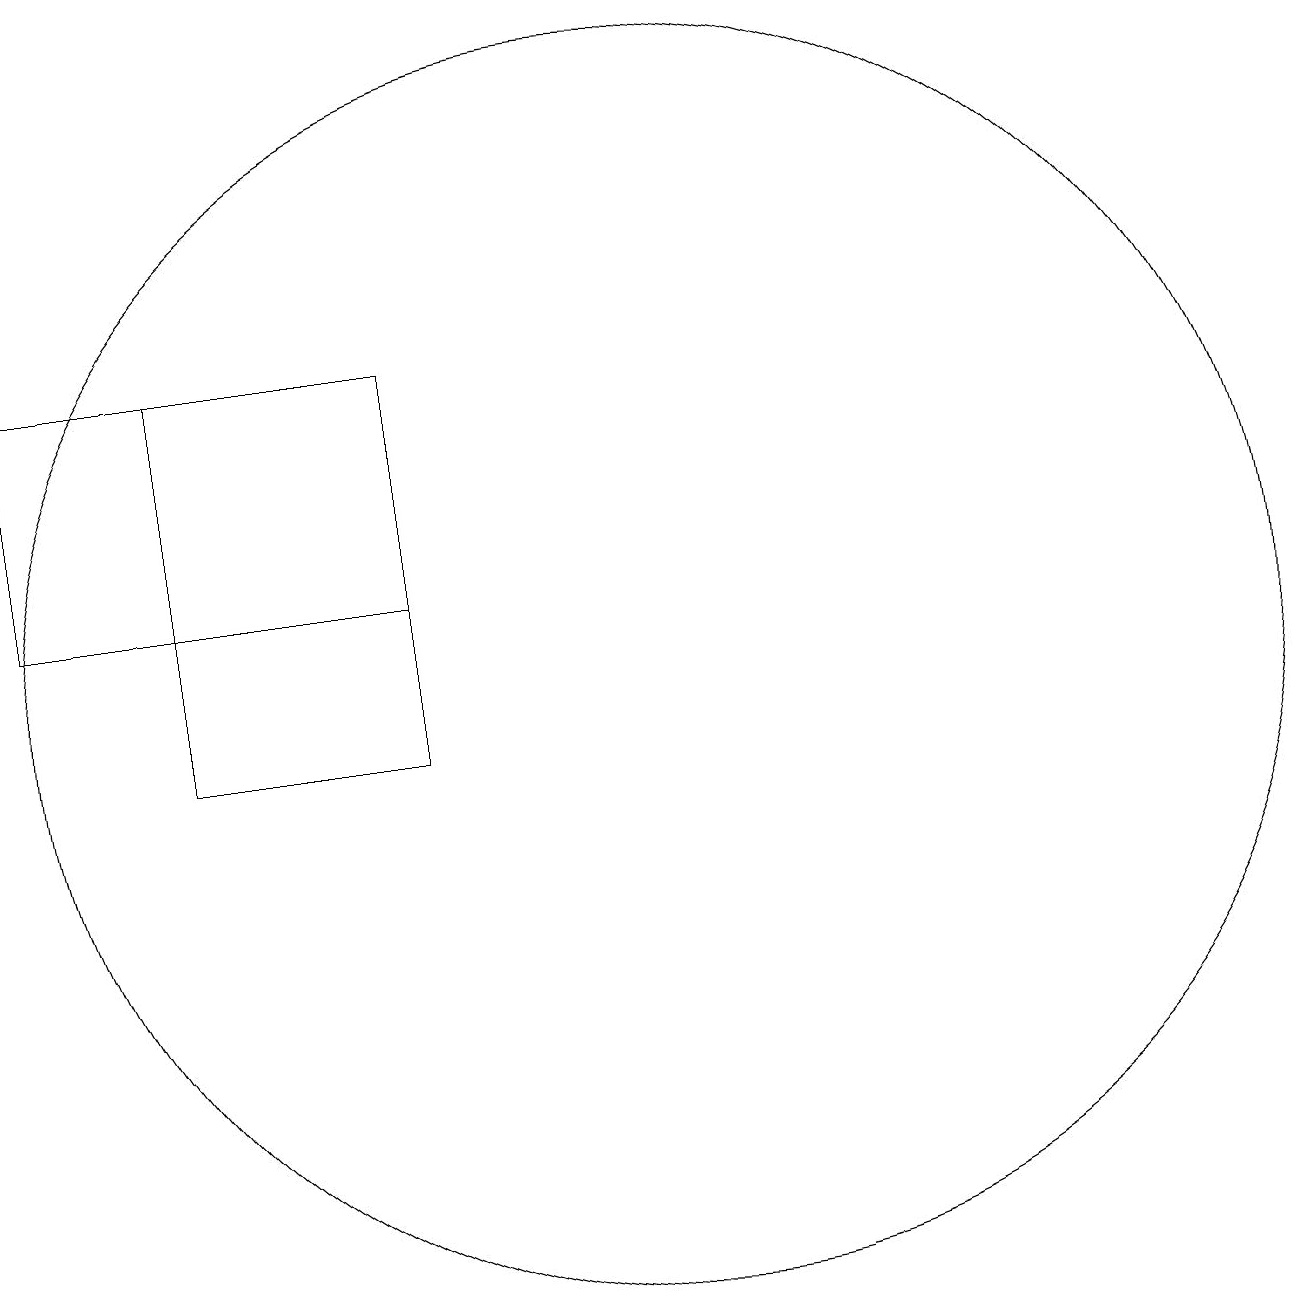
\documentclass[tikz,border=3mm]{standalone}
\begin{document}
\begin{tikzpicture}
\draw (12,11) circle (8);
\draw (4,15) rectangle (9,12);
\draw (6,10) rectangle (9,15);
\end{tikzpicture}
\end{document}